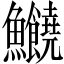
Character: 𩽸